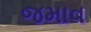
જમાવ